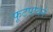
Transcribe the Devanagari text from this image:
फूटपाथने